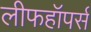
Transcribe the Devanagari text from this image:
लीफहॉपर्स